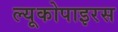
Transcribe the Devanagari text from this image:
ल्यूकोपाइरस